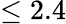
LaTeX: \leq 2.4